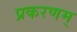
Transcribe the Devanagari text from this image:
प्रकरणम्‌